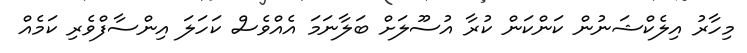
މިހާރު އިލެކްޝަނުން ކަންކަން ކުރާ އުސޫލަށް ބަލާނަމަ އެއްވެސް ކަހަލަ އިންސާފްވެރި ކަމެއް